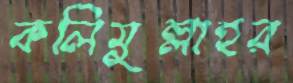
কলিমুল্লাহর